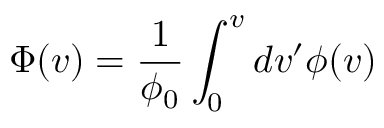
\Phi ( v ) = \frac { 1 } { \phi _ { 0 } } \int _ { 0 } ^ { v } d v ^ { \prime } \phi ( v )